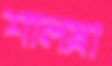
শালস্না